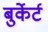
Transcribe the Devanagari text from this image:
बुर्केर्ट